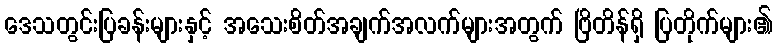
ဒေသတွင်းပြခန်းများနှင့် အသေးစိတ်အချက်အလက်များအတွက် ဗြိတိန်ရှိ ပြတိုက်များ၏